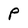
Character: P